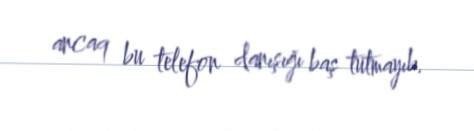
ancaq bu telefon danışığı baş tutmayıb.